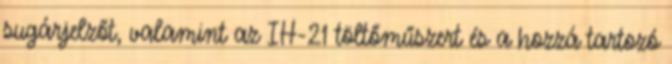
sugárjelzőt, valamint az IH-21 töltőműszert és a hozzá tartozó